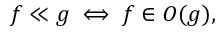
f \ll g \iff f \in O ( g ) ,